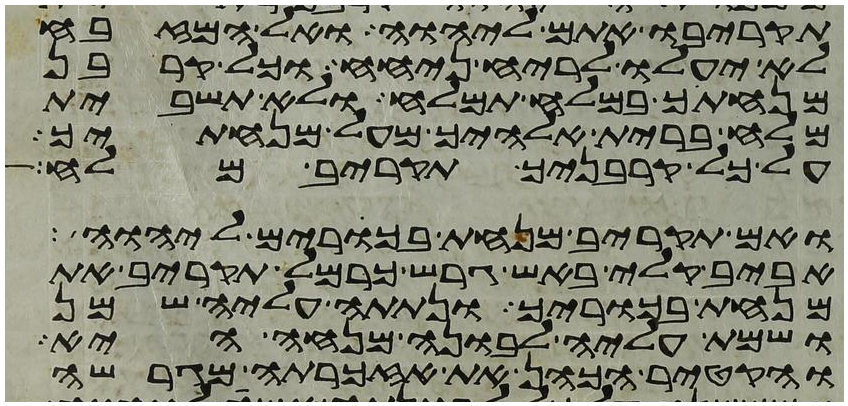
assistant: תקריבו אתם ליהוה ואל המזבח
לא יעלו לריח ניחח וכל קרבן
מנחתך במלח תמלח ולא תשבית
מלח ברית אלהיך מעל מנחתך
על כל קרבניך תקריב מלח
ואם תקריב מנחת בכורים ליהוה
אביב קלי באש גרש כרמל תקריב את
מנחת בכוריך ונתתה עליה שמן
ושמת עליה לבונה מנחה היא
והקטיר הכהן את אזכרתה מגרשה